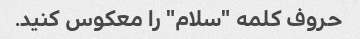
حروف کلمه "سلام" را معکوس کنید.